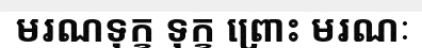
មរណទុក្ខ ទុក្ខ ព្រោះ មរណៈ